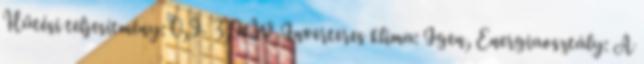
Hűtési teljesítmény: 0,9- 3,9kW Inverteres klíma: Igen, Energiaosztály: A